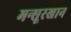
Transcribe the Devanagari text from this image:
मन्सूरखान